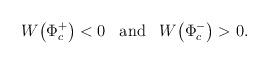
LaTeX: \begin{align*}W\!\left( \Phi_c ^+\right) < 0 \;\;\; \mbox{and}\;\;\; W\!\left( \Phi_c ^-\right) >0.\end{align*}